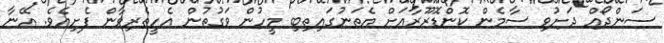
ސަންދޯއް ދަށުވި ސާމެން ކޮންޑޮރޫރާއަށް އެތަނުގައިތިބި މީހުން ވަގުތުން އެހީތެރިވާން ފެށިއެވެ. އޭނާ